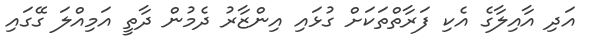
އަދި އާއިލާގެ އެކި ފަރާތްތަކަށް ގުޅައި އިންޒާރު ދެމުން ދާތީ އަމިއްލަ ގޭގައި